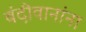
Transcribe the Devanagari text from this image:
बंदीवानांना